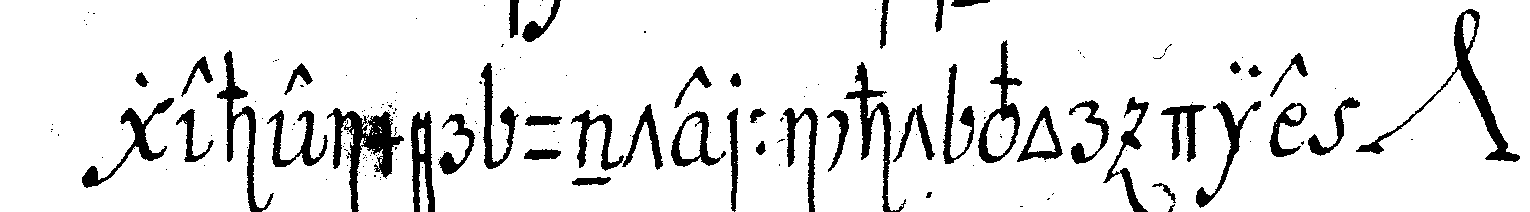
geheimer unterricht vor die *nee* .